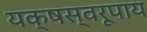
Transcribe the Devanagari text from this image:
यक्षस्वरूपाय